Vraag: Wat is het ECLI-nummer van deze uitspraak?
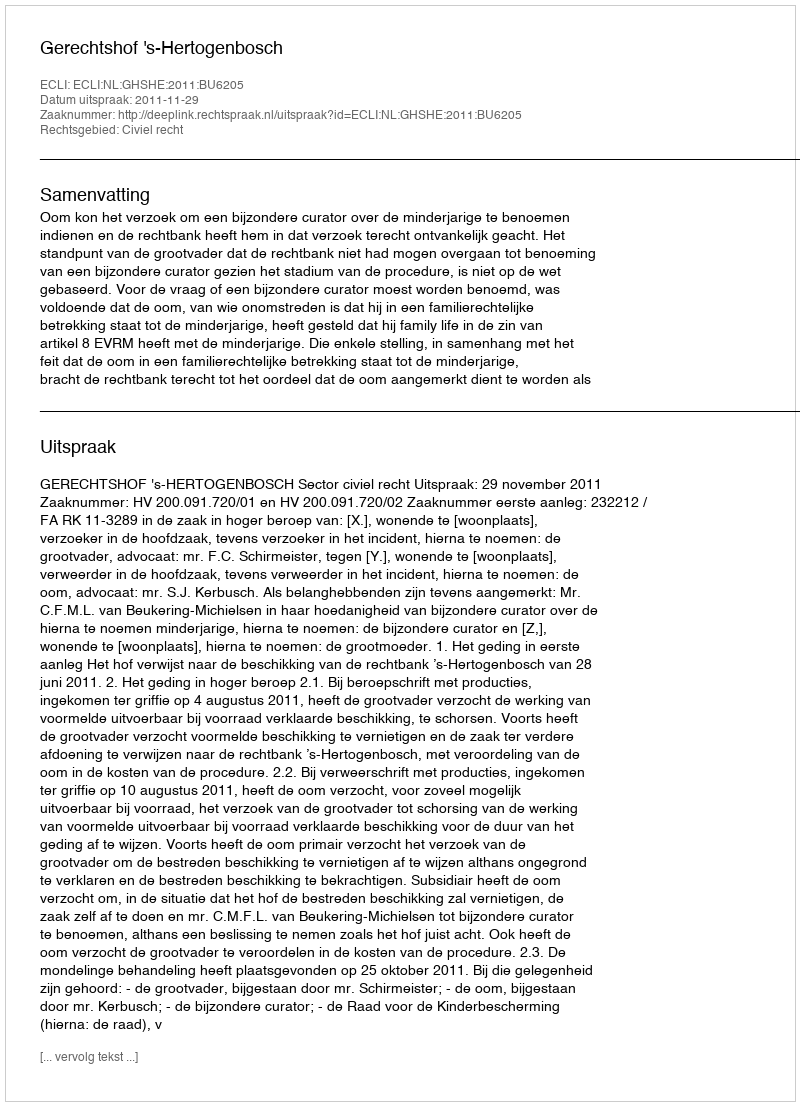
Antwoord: ECLI:NL:GHSHE:2011:BU6205